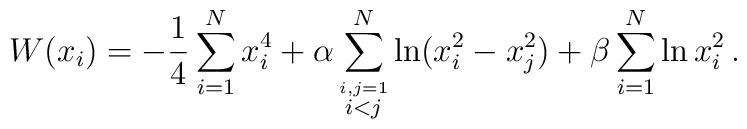
W(x_i) =-\frac{1}{4}\sum_{i=1}^{N}x_{i}^{4}+\alpha\sum_{\stackrel{i,j=1}{i<j}}^{N}\ln (x_{i}^{2}-x_{j}^{2})+\beta \sum_{i=1}^{N}\ln x_{i}^{2}\, .